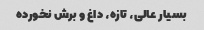
بسیار عالى، تازه، داغ و برش نخورده